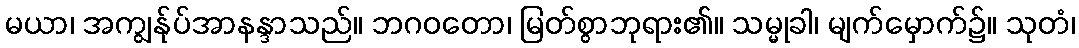
မယာ၊ အကျွန်ုပ်အာနန္ဒာသည်။ ဘဂဝတော၊ မြတ်စွာဘုရား၏။ သမ္မုခါ၊ မျက်မှောက်၌။ သုတံ၊